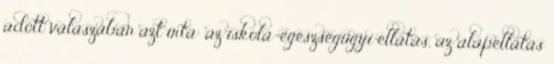
adott válaszában azt írta: az iskola-egészségügyi ellátás, az alapellátás